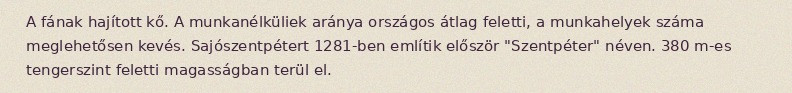
A fának hajított kő. A munkanélküliek aránya országos átlag feletti, a munkahelyek száma meglehetősen kevés. Sajószentpétert 1281-ben említik először "Szentpéter" néven. 380 m-es tengerszint feletti magasságban terül el.